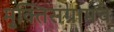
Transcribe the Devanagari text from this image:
मुक्तिसंग्रामचे